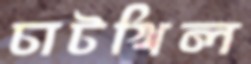
চাটখিল